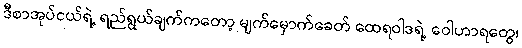
ဒီစာအုပ်ငယ်ရဲ့ ရည်ရွယ်ချက်ကတော့ မျက်မှောက်ခေတ် ထေရဝါဒရဲ့ ဝေါဟာရတွေ၊